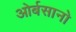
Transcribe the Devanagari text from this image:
ओर्बसानो